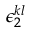
\epsilon _ { 2 } ^ { k l }